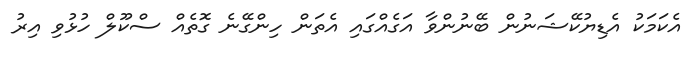
އެކަމަކު އެޑިޔުކޭޝަނުން ބޭނުންވާ އަގެއްގައި އެތަން ހިންގޭނެ ގޮތެއް ސްކޫލް ހުޅުވި އިރު